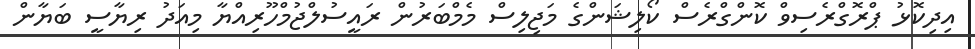
އިދިކޮޅު ޕްރޮގްރެސިވް ކޮންގްރެސް ކޯލިޝަންގެ މަޖިލިސް މެމްބަރުން ރައީސުލްޖުމްހޫރިއްޔާ މިއަދު ރިޔާސީ ބަޔާން